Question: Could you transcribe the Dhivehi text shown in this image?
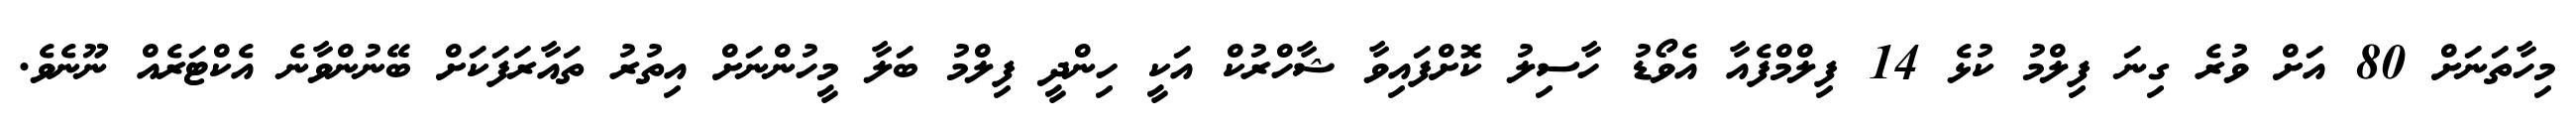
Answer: މިހާތަނަށް 80 އަށް ވުރެ ގިނަ ފިލްމު ކުޅެ 14 ފިލްމްފެއާ އެވޯޑު ހާސިލު ކޮށްފައިވާ ޝާހްރުކް އަކީ ހިންދީ ފިލްމު ބަލާ މީހުންނަށް އިތުރު ތައާރަފަކަށް ބޭނުންވާނެ އެކްޓަރެއް ނޫނެވެ.